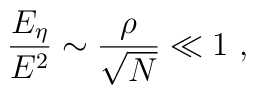
\frac{E_{\eta}}{E^{2}} \sim \frac{\rho}{\sqrt{N}} \ll 1\ ,